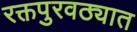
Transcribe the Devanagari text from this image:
रक्तपुरवठ्यात